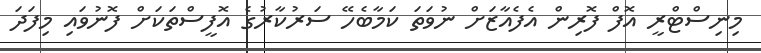
މިނިސްޓްރީ އޮފް ފޮރިން އެފެއާޒަށް ނުވަތަ ކަމާބެހޭ ސަރުކާރުގެ އޮފީސްތަކަށް ފޮނުވައި މިފަދަ